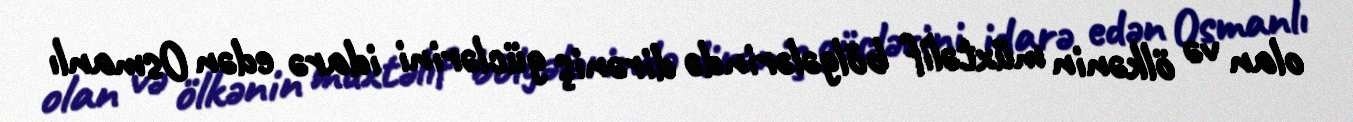
olan və ölkənin müxtəlif bölgələrində dirəniş güclərini idarə edən Osmanlı